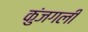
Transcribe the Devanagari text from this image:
कुंजगली